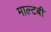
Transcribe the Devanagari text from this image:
माल्टबी